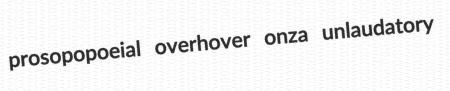
prosopopoeial overhover onza unlaudatory